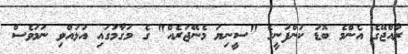
ރާއްޖޭގެ އެންމެ ބޮޑު ކުންފުނީގެ "ސީނިޔަ މެނޭޖަރެއް" ގެ މަގާމުގައި އުޅުއްވި ނަމަވެސް